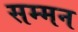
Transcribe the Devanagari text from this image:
सम्‍मन